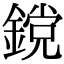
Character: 鎲